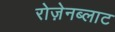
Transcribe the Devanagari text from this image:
रोज़ेनब्लाट